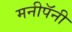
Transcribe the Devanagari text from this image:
मनीपॅनी